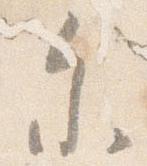
参